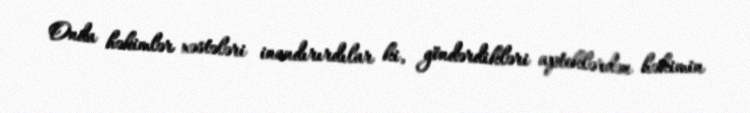
Onda həkimlər xəstələri inandırırdılar ki, göndərdikləri apteklərdən həkimin